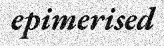
epimerised